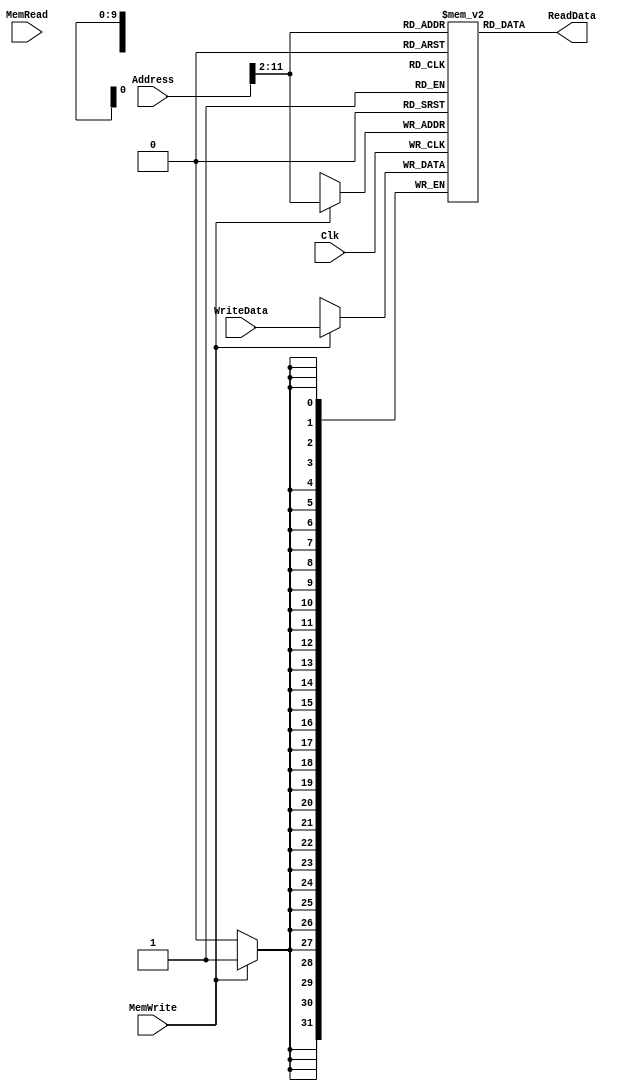
module DataMemory(ReadData,Address,WriteData,MemWrite,MemRead,Clk);
	output wire[31:0] ReadData;
	input wire[31:0] Address;
	input wire[31:0] WriteData;
	input wire MemWrite;
	input wire MemRead;
	input wire Clk;

	reg [31:0] DataMemory[0:1023];

	assign ReadData = DataMemory[Address>>2];
	always @(posedge Clk) begin
//		ReadData <= DataMemory[Address];
		if(MemWrite == 1) begin
			DataMemory[Address>>2]<=WriteData;
		end
	end

/*	always @(Address or WriteData or MemWrite or MemRead) begin
		if(MemWrite == 1) begin
			DataMemory[Address]=WriteData;
			ReadData = DataMemory[Address];
		end
		else begin
			ReadData = DataMemory[Address];			
		end
	end
*/
	// Filling File & Put the values in Data Memory

	reg[31:0] i;
	integer file;
	initial begin
	/*	i=0;
		file = $fopen("D:\DM.txt");
		$fmonitor(file,"%b",i);
		for(i=0;i<1024;i=i+1) begin
			#1
			i=i;
		end
		#20	*/
		//$readmemb("D:\DM.txt",DataMemory);
		DataMemory[0]=0;DataMemory[1]=1;DataMemory[2]=2;DataMemory[3]=3;DataMemory[4]=4;
		DataMemory[5]=5;DataMemory[6]=6;DataMemory[7]=7;DataMemory[8]=8;DataMemory[9]=9;
		/*DataMemory[10]=10;DataMemory[11]=11;DataMemory[12]=12;DataMemory[13]=13;DataMemory[14]=14;
		DataMemory[15]=15;DataMemory[16]=16;DataMemory[17]=17;DataMemory[18]=18;DataMemory[19]=19;*/
	end

endmodule

module Test_DataMemory;
	wire[31:0] ReadData;
	reg[31:0] Address;
	reg[31:0] WriteData;
	reg MemWrite;
	reg MemRead;
	reg Clk;
	initial begin
		#2048
		Clk = 0;
		MemWrite = 0;
		#10
		Address = 0;
		#1
		$display("Address is %d ,, Data is %d ,, MemWrite is %d",Address,$signed(ReadData),MemWrite);

		#10
		MemWrite = 1;
		Address = 993;
		WriteData = 0;
		#1
		$display("Address is %d ,, Data is %d ,, MemWrite is %d",Address,$signed(ReadData),MemWrite);

		#10
		MemWrite = 0;
		Address = 993;
		#1
		$display("Address is %d ,, Data is %d ,, MemWrite is %d",Address,$signed(ReadData),MemWrite);

		#10
		Address=992;
		#1
		$display("Address is %d ,, Data is %d ,, MemWrite is %d",Address,$signed(ReadData),MemWrite);

		#10
		MemWrite = 1;
		Address = 1023;
		WriteData = -20;		
		#1
		$display("Address is %d ,, Data is %d ,, MemWrite is %d",Address,$signed(ReadData),MemWrite);

		#10
		Address = 1023;
		MemWrite = 0;
		#1
		$display("Address is %d ,, Data is %d ,, MemWrite is %d",Address,$signed(ReadData),MemWrite);
		
	end
	DataMemory D1(ReadData,Address,WriteData,MemWrite,MemRead,Clk);
	always begin
		#1 Clk = ~Clk;
	end
endmodule